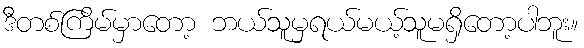
ဒီတစ်ကြိမ်မှာတော့ ဘယ်သူမှရယ်မယ့်သူမရှိတော့ပါဘူး။